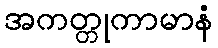
အကတ္တုကာမာနံ